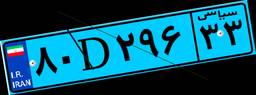
۸۰D۲۹۶۳۳